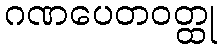
ဂဏပေတဝတ္ထု